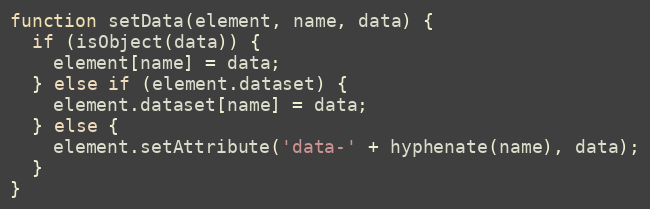
Language: JavaScript
function setData(element, name, data) {
  if (isObject(data)) {
    element[name] = data;
  } else if (element.dataset) {
    element.dataset[name] = data;
  } else {
    element.setAttribute('data-' + hyphenate(name), data);
  }
}